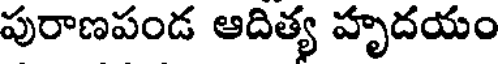
పురాణపండ ఆదిత్య హృదయం